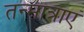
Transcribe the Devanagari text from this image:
तन्मात्राएं